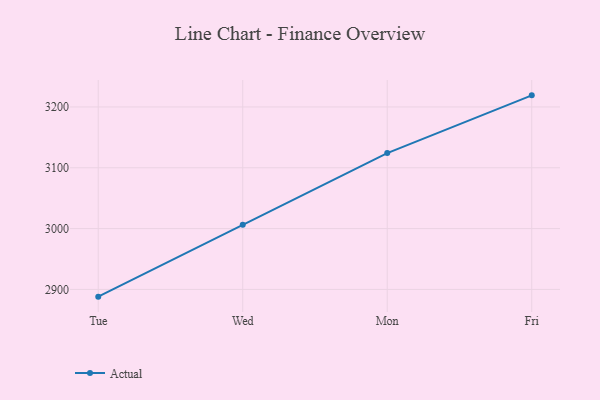
{"axis": {"x": "Day", "y": "Production Output"}, "legend": ["Actual"], "data": [{"x": "Tue", "y": 2888.1, "type": "Actual"}, {"x": "Wed", "y": 3006.2, "type": "Actual"}, {"x": "Mon", "y": 3124.1, "type": "Actual"}, {"x": "Fri", "y": 3219.1, "type": "Actual"}]}